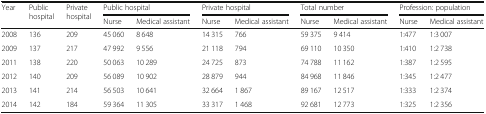
<table><thead><tr><td rowspan="2"><b>Year</b></td><td rowspan="2"><b>Public hospital</b></td><td rowspan="2"><b>Private hospital</b></td><td colspan="2"><b>Public hospital</b></td><td colspan="2"><b>Private hospital</b></td><td colspan="2"><b>Total number</b></td><td colspan="2"><b>Profession: population</b></td></tr><tr><td><b>Nurse</b></td><td><b>Medical assistant</b></td><td><b>Nurse</b></td><td><b>Medical assistant</b></td><td><b>Nurse</b></td><td><b>Medical assistant</b></td><td><b>Nurse</b></td><td><b>Medical assistant</b></td></tr></thead><tbody><tr><td>2008</td><td>136</td><td>209</td><td>45 060</td><td>8 648</td><td>14 315</td><td>766</td><td>59 375</td><td>9 414</td><td>1:477</td><td>1:3 007</td></tr><tr><td>2009</td><td>137</td><td>217</td><td>47 992</td><td>9 556</td><td>21 118</td><td>794</td><td>69 110</td><td>10 350</td><td>1:410</td><td>1:2 738</td></tr><tr><td>2011</td><td>138</td><td>220</td><td>50 063</td><td>10 289</td><td>24 725</td><td>873</td><td>74 788</td><td>11 162</td><td>1:387</td><td>1:2 595</td></tr><tr><td>2012</td><td>140</td><td>209</td><td>56 089</td><td>10 902</td><td>28 879</td><td>944</td><td>84 968</td><td>11 846</td><td>1:345</td><td>1:2 477</td></tr><tr><td>2013</td><td>141</td><td>214</td><td>56 503</td><td>10 641</td><td>32 664</td><td>1 867</td><td>89 167</td><td>12 517</td><td>1:333</td><td>1:2 374</td></tr><tr><td>2014</td><td>142</td><td>184</td><td>59 364</td><td>11 305</td><td>33 317</td><td>1 468</td><td>92 681</td><td>12 773</td><td>1:325</td><td>1:2 356</td></tr></tbody></table>